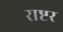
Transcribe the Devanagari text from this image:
राष्टर